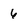
Character: 6